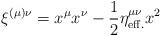
LaTeX: \begin{align*}\xi^{(\mu)\nu} = x^\mu x^\nu - {1\over 2} \eta^{\mu\nu}_{\rm eff.} x^2\end{align*}